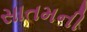
સાતમની